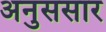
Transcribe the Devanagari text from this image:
अनुससार